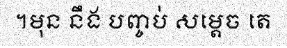
។មុន នឹង បញ្ចប់ សម្តេច តេ